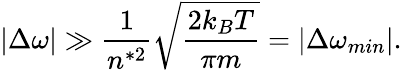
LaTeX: |\Delta\omega|\gg\frac{1}{n^{*2}}\sqrt{\frac{2k_{B}T}{\pi m}}=|\Delta\omega_{min}|.